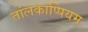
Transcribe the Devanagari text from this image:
तांलकाप्पियम